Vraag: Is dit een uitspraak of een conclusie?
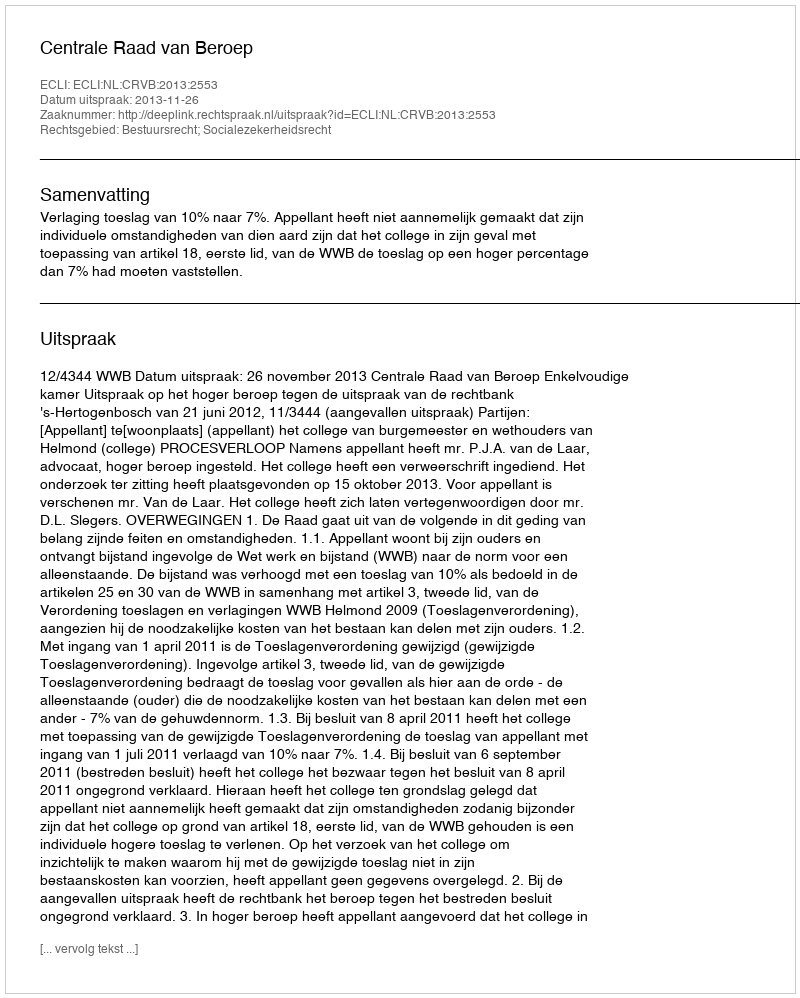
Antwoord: Uitspraak